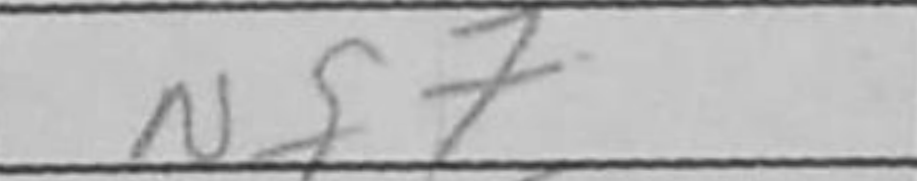
Transcription: Nf7